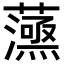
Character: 𧁛